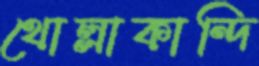
থোল্লাকান্দি